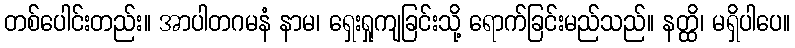
တစ်ပေါင်းတည်း။ အာပါတဂမနံ နာမ၊ ရှေးရှုကျခြင်းသို့ ရောက်ခြင်းမည်သည်။ နတ္ထိ၊ မရှိပါပေ။